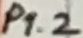
Text: P1.2